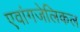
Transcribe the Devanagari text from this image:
एवांगजेलिकल